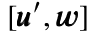
[ { \pmb u } ^ { \prime } , { \pmb w } ]